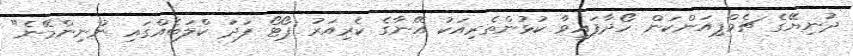
ދުނިޔޭގެ ޗެމްޕިއަންކަން ހޯދާފައިވާ ކުޅުންތެރިއަކު އޭނާގެ ކެރިއަރު ޕޯޓޯ ފަދަ ކްލަބެއްގައި ނުނިންމޭނެ"